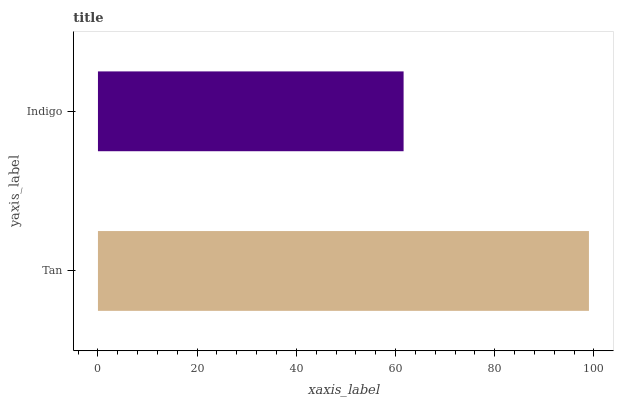
| yaxis_label | bars |
 | --- | --- |
 | Tan | 99 |
 | Indigo | 61.6 |